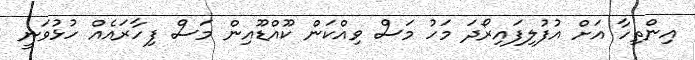
އިންތިހާ އަށް އުފުލިފައިރޯދަ މަހު މަސް ވިއްކަން ކޫއްޑޫއިން މަސް ފިހާރައެއް ހުޅުވަނީ